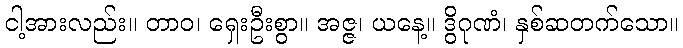
ငါ့အားလည်း။ တာဝ၊ ရှေးဦးစွာ။ အဇ္ဇ၊ ယနေ့။ ဒွိဂုဏံ၊ နှစ်ဆတက်သော။